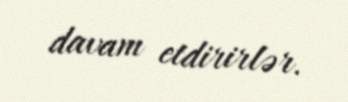
davam etdirirlər.